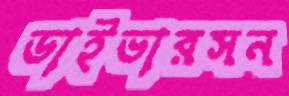
ডাইভারসন